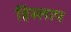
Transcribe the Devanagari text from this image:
हिस्लाप